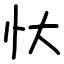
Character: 忕